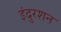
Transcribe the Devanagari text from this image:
इंदुरशन